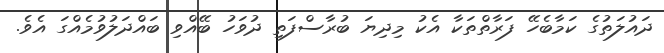
ދައުލަތުގެ ކަމާބެހޭ ފަރާތްތަކާ އެކު މިދިޔަ ބުރާސްފަތި ދުވަހު ބޭއްވި ބައްދަލުވުމެއްގަ އެވެ.